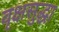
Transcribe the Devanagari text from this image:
वृक्षसुद्धा